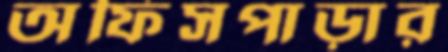
অফিসপাড়ার